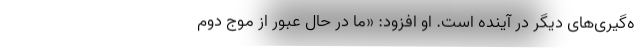
ه‌گیری‌های دیگر در آینده است. او افزود: «ما در حال عبور از موج دوم